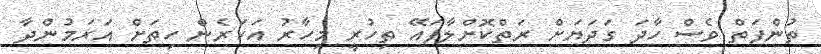
ތުންފަތް ވެސް ހާދަ ގަދަޔަށް ރަތްކޮށްލާފައޭ ތިހުރީ މިހާރު އަހަރެން ހިތަށް އަރަމުންދާ